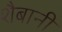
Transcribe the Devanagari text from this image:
शैबानी